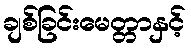
ချစ်ခြင်းမေတ္တာနှင့်